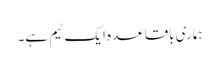
ہماری باقاعدہ ایک ٹیم ہے۔